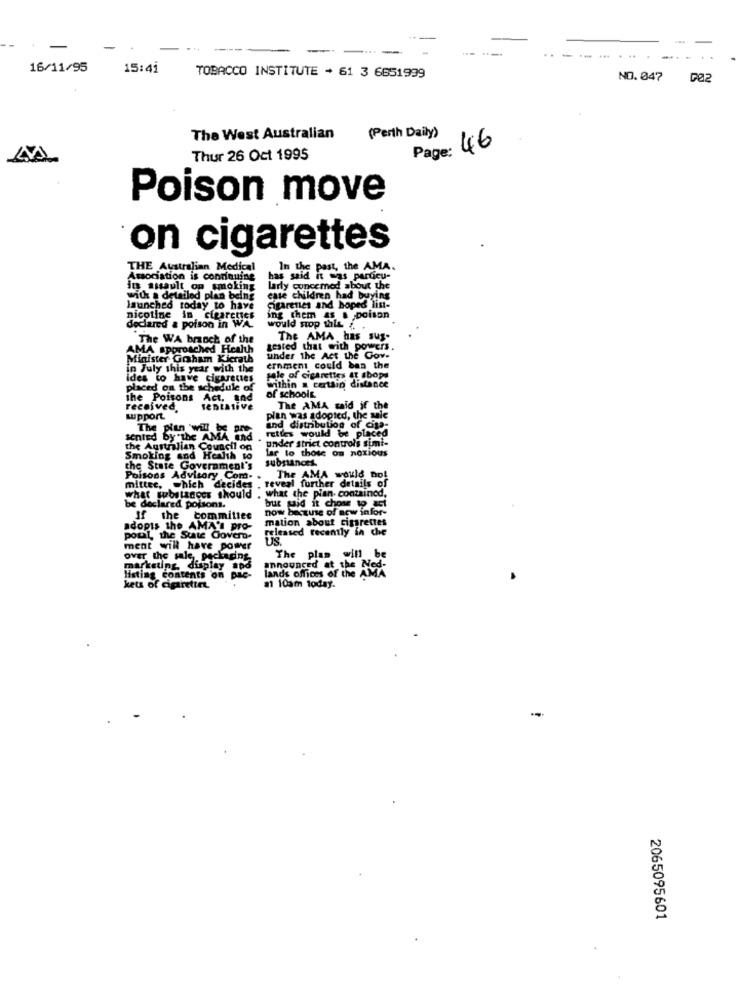
---
16/11/95
15:41
TOBACCO INSTITUTE - 61 3 6651999
NO.047
002
The West Australian
(Perth Daily)
Page: 46
Thur 26 Oct 1995
Poison move
on cigarettes
THE Australian Medical
In the past, the AMA.
Association is continuing
has said it was particu-
in assault on smoking
larly concemed about the
with . detailed plan being
case children had buying
launched today to have
Gigarenes and hoped list-
nicotine in cigarettes
would stop this
declared & poison in WA
The WA branch of the
The AMA has sus-
AMA approached Health
tested that with powers.
Minister Graham Kicrath
under the Act the Gov-
in July this year with the
ernment could ban the
ides to have cigarettes
sale of cigarettes at sbops
within a cartaip distance
placed on the schedule of
the Poisons Act. and
of schools.
received
The AMA said if the
wpport
plan was adopted, the sale
The pien 'will be
rettes would be placed
sented by the AMA und
under strict controls simi-
the Australian Council on
Lar lo those on noxious
Smoking and Health to
substances
the State Government's
Poisons Advisory Com.
The AMA would no!
further details of
mittee, which decides
. what the pian- contained,
what webiltnocs should
bur said it chose to act
be declared pojsons.
now because of new infor-
If the committee
mation about cigarettes
adopts the AMA's pro-
released recently in che
poul the State Covero-
is
ment will have power
over the sale, packaging
The plas will b
marketing, display apd
announced at the Med-
Hating contents on Dac-
lands offices of the A
kets of cigarette
a 10am today.
-
2065095601